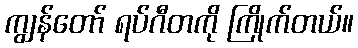
ကျွန်တော် ရပ်ဂီတကို ကြိုက်တယ်။